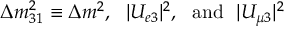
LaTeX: \Delta m _ { 3 1 } ^ { 2 } \equiv \Delta m ^ { 2 } , ~ ~ { \vert } U _ { e 3 } { \vert } ^ { 2 } , ~ ~ \mathrm { a n d } ~ ~ { \vert } U _ { \mu 3 } { \vert } ^ { 2 }